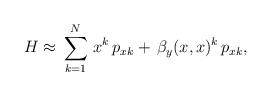
LaTeX: \begin{align*} H\approx\,\sum^N_{k=1}\,x^k\,p_{xk}+\,\beta_y(x,x)^k\,p_{xk}, \end{align*}